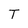
Character: T